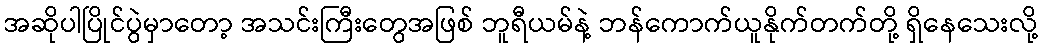
အဆိုပါပြိုင်ပွဲမှာတော့ အသင်းကြီးတွေအဖြစ် ဘူရီယမ်နဲ့ ဘန်ကောက်ယူနိုက်တက်တို့ ရှိနေသေးလို့